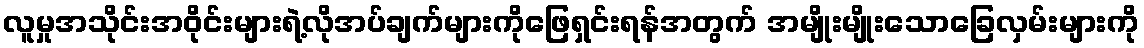
လူမှုအသိုင်းအဝိုင်းများရဲ့လိုအပ်ချက်များကိုဖြေရှင်းရန်အတွက် အမျိုးမျိုးသောခြေလှမ်းများကို